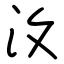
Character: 汷